Leaving Certificate Examination, 1914
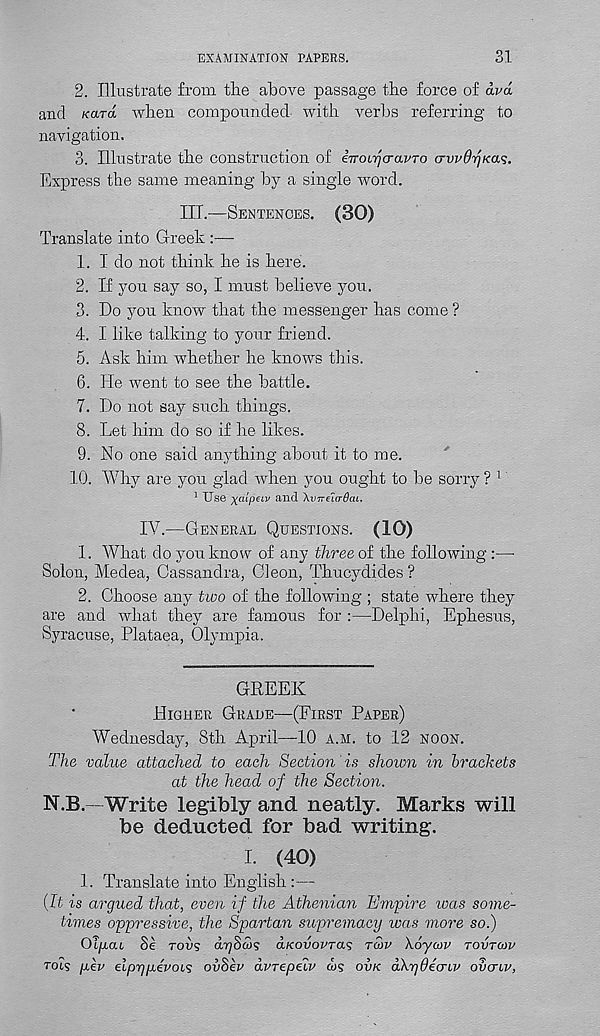
EXAMINATION PAPERS.
31
2. Illustrate from the above passage the force of a.vd
and Kara when compounded with verbs referring to
navigation.
3. Illustrate the construction of iTroirjcravTo dvvQrjKa^.
Express the same meaning by a single word.
III.-—Sentences. (30)
Translate into Greek
1. I do not think he is here.
2. If you say so, I must believe you.
3. Do you know that the messenger has come ?
4. I like talking to your friend.
5. Ask him whether he knows this.
6. He went to see the battle.
7. Do not say such things.
8. Let him do so if he likes.
9. No one said anything about it to me.
10. Why are you glad when you ought to be sorry ? 1
1 Use ftciLpeiv and Xvireia-OaL.
IY.—General Questions. (10)
1. What do you know of any three oi the following :—
Solon, Medea, Cassandra, Cleon, Thucydides?
2. Choose any two of the following ; state where they
are and what they are famous for :—Delphi, Ephesus,
Syracuse, Plataea, Olympia.
GREEK
Higher Grade—(First Paper)
Wednesday, 8th April—10 a.h. to 12 noon.
The value attached to each Section is shown in brackets
at the head of the Section.
N.B.—Write legibly and neatly. Marks will
be deducted for bad writing.
I. (40)
1. Translate into English :—
{It is argued that, even if the Athenian hJ?npire was some-
times oppressive, the Spartan supremacy was more so.)
Oiyai Se rot? d^Sws aKovovras t£>v Xoycov tovtcov
to is yev elpryievois ovSev dvrepeiv ws ovk aXpOecnv ovcnv,